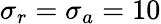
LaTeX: \sigma_{r}=\sigma_{a}=10